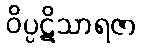
ဝိပ္ပဋိသာရဇာ